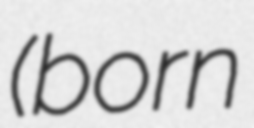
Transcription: (born